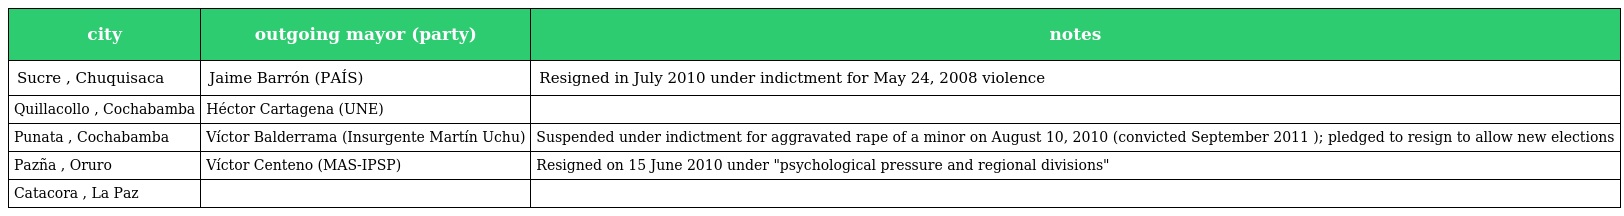
| city | outgoing mayor (party) | notes |
 | --- | --- | --- |
 | Sucre , Chuquisaca | Jaime Barrón (PAÍS) | Resigned in July 2010 under indictment for May 24, 2008 violence |
 | Quillacollo , Cochabamba | Héctor Cartagena (UNE) |  |
 | Punata , Cochabamba | Víctor Balderrama (Insurgente Martín Uchu) | Suspended under indictment for aggravated rape of a minor on August 10, 2010 (convicted September 2011 ); pledged to resign to allow new elections |
 | Pazña , Oruro | Víctor Centeno (MAS-IPSP) | Resigned on 15 June 2010 under "psychological pressure and regional divisions" |
 | Catacora , La Paz |  |  |